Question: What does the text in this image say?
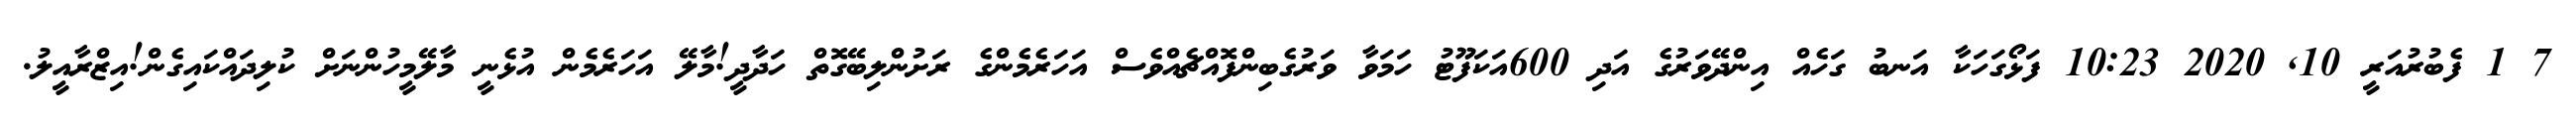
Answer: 7 1 ފެބުރުއަރީ 10, 2020 10:23 ފަޅޯގަހަކާ އަނބު ގަހެއް އިންދޭވަރުގެ އަދި 600އަކަފޫޓު ހަމަވާ ވަރުގެބިންފޮއްޗެއްވެސް އަހަރެމެންގެ ރަށުންލިބޭގޮތް ހަދާދީ!މާލޭ އަހަރެމެން އުޅެނީ މާލޭމީހުންނަށް ކުލިދައްކައިގެން!އިޒްރާއީލު.